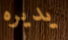
يديره